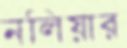
নলিয়ার